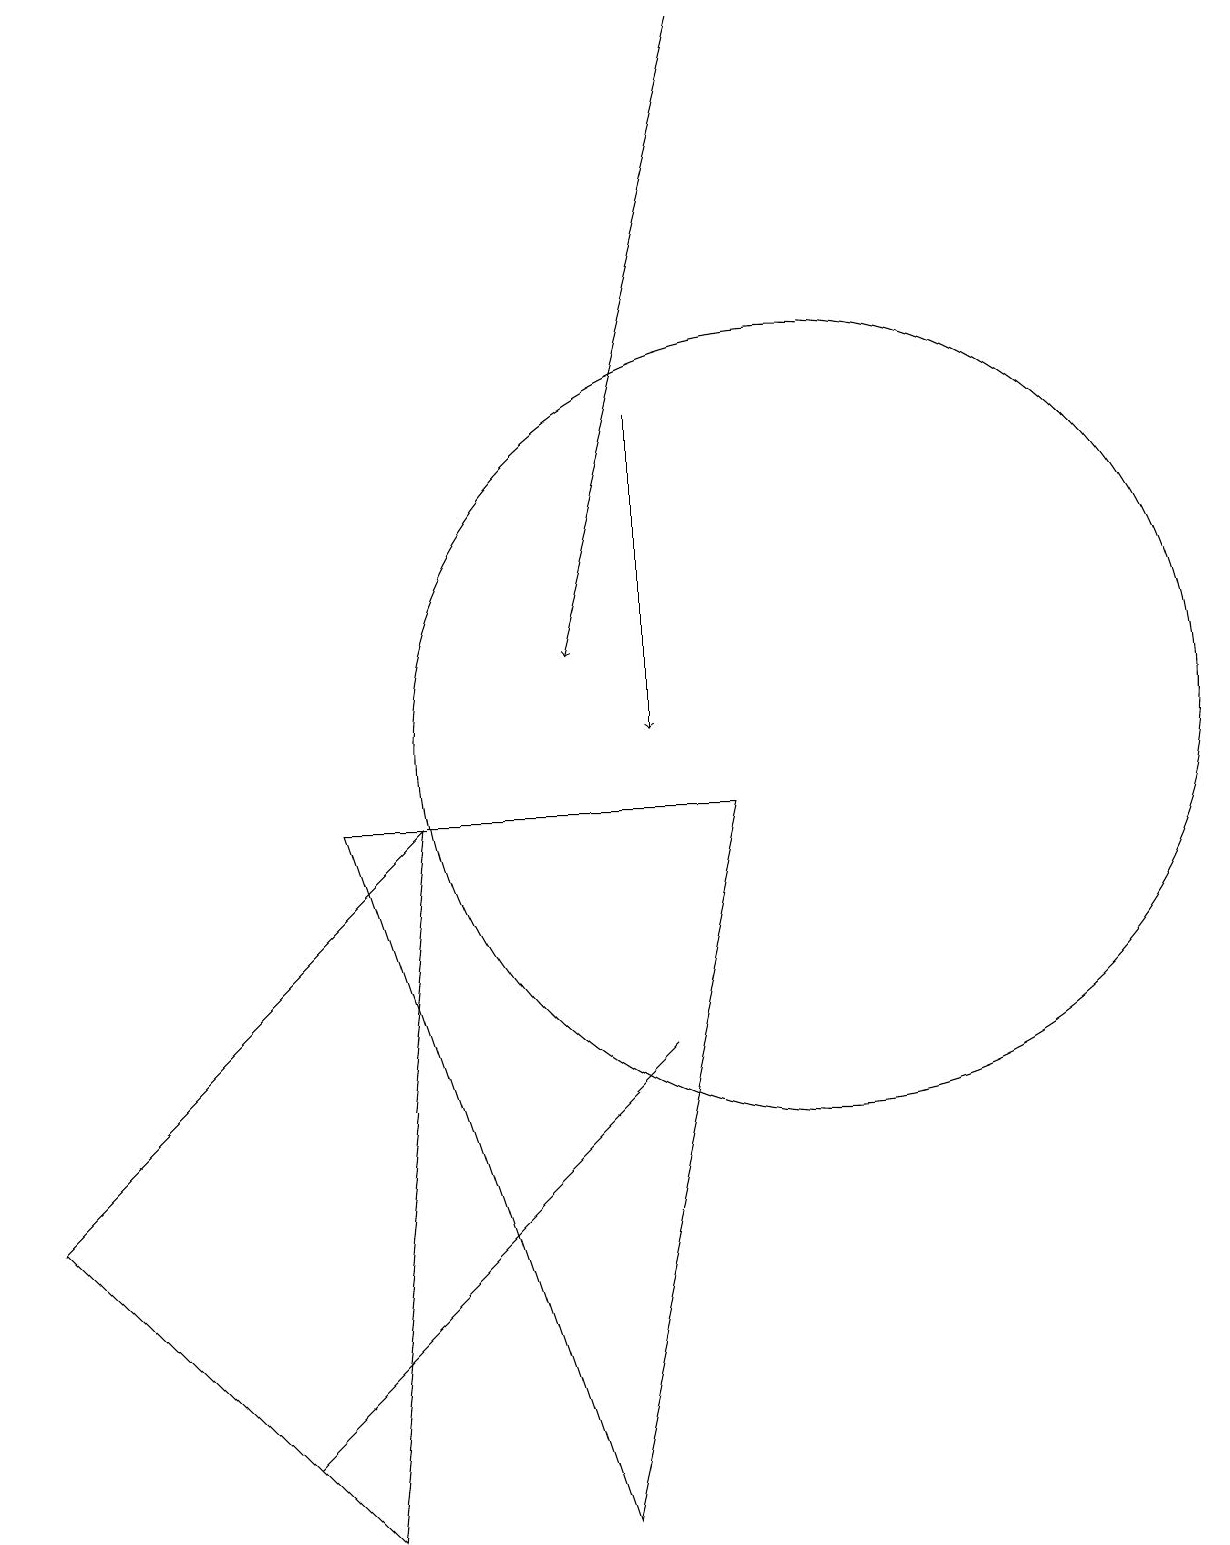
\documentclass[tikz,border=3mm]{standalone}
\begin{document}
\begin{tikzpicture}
\draw (4,9) -- (7,0) -- (9,9) -- cycle;
\draw (10,10) circle (5);
\draw[->] (9,19) -- (7,11);
\draw (7,5) -- (8,6) -- (3,1) -- cycle;
\draw (5,9) -- (0,4) -- (4,0) -- cycle;
\draw[->] (8,14) -- (8,10);
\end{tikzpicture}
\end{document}